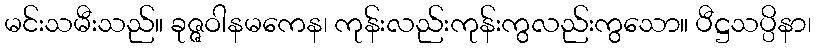
မင်းသမီးသည်။ ခုဇ္ဇဝါနမကေန၊ ကုန်းလည်းကုန်းကွလည်းကွသော။ ပီဋ္ဌသပ္ပိနာ၊